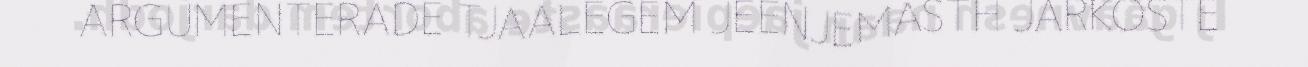
ARGUMENTERADE TJAALEGEM JEENJEMASTH JARKOSTE